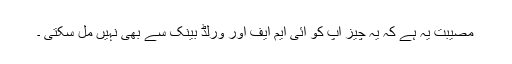
مصیبت یہ ہے کہ یہ چیز آپ کو آئی ایم ایف اور ورلڈ بینک سے بھی نہیں مل سکتی ۔